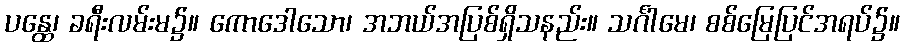
ပန္ထေ၊ ခရီးလမ်းမ၌။ ကောဒေါသော၊ အဘယ်အပြစ်ရှိသနည်း။ သင်္ဂါမေ၊ စစ်မြေပြင်အရပ်၌။